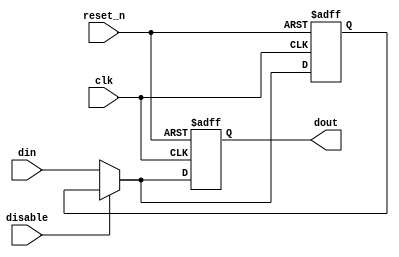
module DisableBlock (
    input wire clk,              // Clock signal
    input wire reset_n,          // Active low reset signal
    input wire disable,          // Control signal to disable the block
    input wire [WIDTH-1:0] din,  // Data input (width defined)
    output reg [WIDTH-1:0] dout  // Data output (width defined)
);
    parameter WIDTH = 8;          // Parameter for data width
    reg [WIDTH-1:0] last_valid_output; // To hold the last valid output

    always @(posedge clk or negedge reset_n) begin
        if (!reset_n) begin
            dout <= {WIDTH{1'b0}}; // Reset output to zero on reset
            last_valid_output <= {WIDTH{1'b0}}; // Reset last valid output
        end else if (disable) begin
            dout <= last_valid_output; // Maintain last output when disabled
        end else begin
            dout <= din;               // Process input normally
            last_valid_output <= din;  // Update last valid output
        end
    end
endmodule